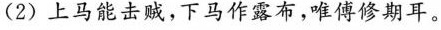
(2)上马能击贼，下马作露布，唯傅修期耳。